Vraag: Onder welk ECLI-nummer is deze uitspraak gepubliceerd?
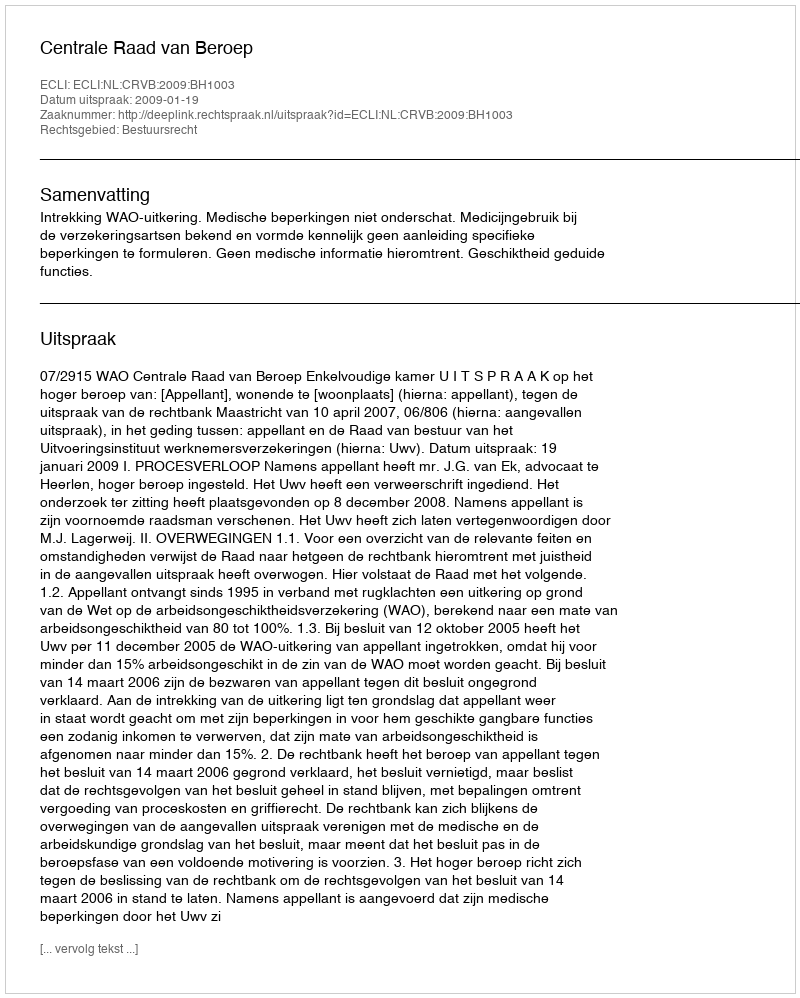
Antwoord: ECLI:NL:CRVB:2009:BH1003